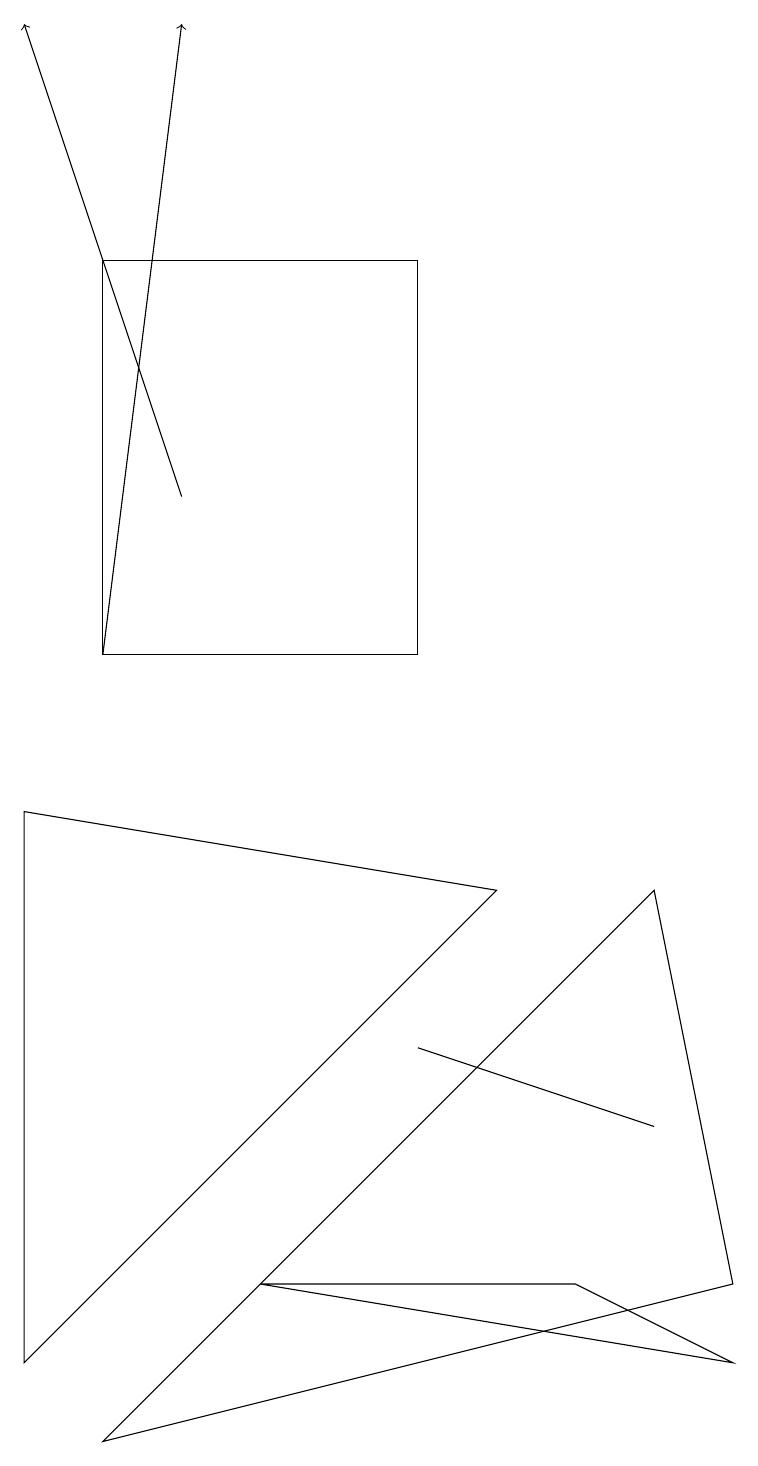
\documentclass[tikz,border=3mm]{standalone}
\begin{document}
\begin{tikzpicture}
\draw (6,7) -- (0,1) -- (0,8) -- cycle;
\draw (8,7) -- (1,0) -- (9,2) -- cycle;
\draw[->] (1,10) -- (2,18);
\draw (5,5) -- (8,4) -- (8,4) -- cycle;
\draw (9,1) -- (7,2) -- (3,2) -- cycle;
\draw[->] (2,12) -- (0,18);
\draw (5,15) rectangle (1,10);
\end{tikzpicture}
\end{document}